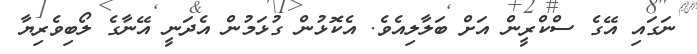
ނަގައި އޭގެ ސްކްރީން އަށް ބަލާލިއެވެ. އެކޮޅުން ގުޅަމުން އެދަނީ އޭނާގެ ލޯބިވެރިޔާ